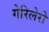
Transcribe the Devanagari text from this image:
गेरिलेरो